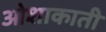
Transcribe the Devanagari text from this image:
ओशाकाती